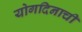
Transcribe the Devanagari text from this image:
योगदिनाची